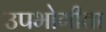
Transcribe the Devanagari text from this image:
उपभोगीता